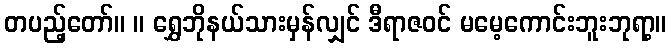
တပည့်တော်။ ။ ရွှေဘိုနယ်သားမှန်လျှင် ဒီရာဇဝင် မမေ့ကောင်းဘူးဘုရာ့။